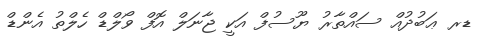
ޑރ ޢަބުދުއް ސައްތާރު ޔޫސުފް އަކީ ޖާނަލް އޮފް ވޯލްޑް ހެލްތު އެންޑް